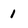
Character: 1